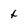
Character: t